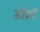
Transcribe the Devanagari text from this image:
डीक्री